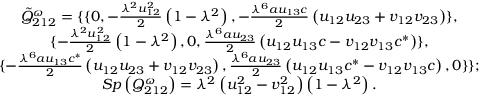
\begin{array} { c } { { { \tilde { Q } } _ { 2 1 2 } ^ { \omega } = \{ \{ 0 , - \frac { \lambda ^ { 2 } u _ { 1 2 } ^ { 2 } } 2 \left( 1 - \lambda ^ { 2 } \right) , - \frac { \lambda ^ { 6 } a u _ { 1 3 } c } 2 \left( u _ { 1 2 } u _ { 2 3 } + v _ { 1 2 } v _ { 2 3 } \right) \} , } } \\ { { \{ - \frac { \lambda ^ { 2 } u _ { 1 2 } ^ { 2 } } 2 \left( 1 - \lambda ^ { 2 } \right) , 0 , \frac { \lambda ^ { 6 } a u _ { 2 3 } } 2 \left( u _ { 1 2 } u _ { 1 3 } c - v _ { 1 2 } v _ { 1 3 } c ^ { * } \right) \} , } } \\ { { \{ - \frac { \lambda ^ { 6 } a u _ { 1 3 } c ^ { * } } 2 \left( u _ { 1 2 } u _ { 2 3 } + v _ { 1 2 } v _ { 2 3 } \right) , \frac { \lambda ^ { 6 } a u _ { 2 3 } } 2 \left( u _ { 1 2 } u _ { 1 3 } c ^ { * } - v _ { 1 2 } v _ { 1 3 } c \right) , 0 \} \} ; } } \\ { { S p \left( Q _ { 2 1 2 } ^ { \omega } \right) = \lambda ^ { 2 } \left( u _ { 1 2 } ^ { 2 } - v _ { 1 2 } ^ { 2 } \right) \left( 1 - \lambda ^ { 2 } \right) . } } \end{array}